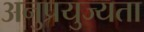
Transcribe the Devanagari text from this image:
अनुप्रयुज्यता